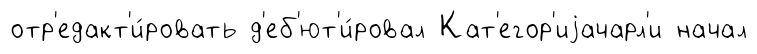
отр'едакт'и́ровать д'еб'ют'и́ровал Кат'егор'иjачарл'и начал